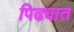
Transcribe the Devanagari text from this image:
पिढ्यात